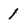
Character: 1